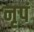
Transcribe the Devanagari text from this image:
नृपं